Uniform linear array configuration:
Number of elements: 32
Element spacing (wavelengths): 0.75
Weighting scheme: blackman
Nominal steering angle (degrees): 45
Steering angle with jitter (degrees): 45.564
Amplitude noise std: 0.05
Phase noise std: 0.05

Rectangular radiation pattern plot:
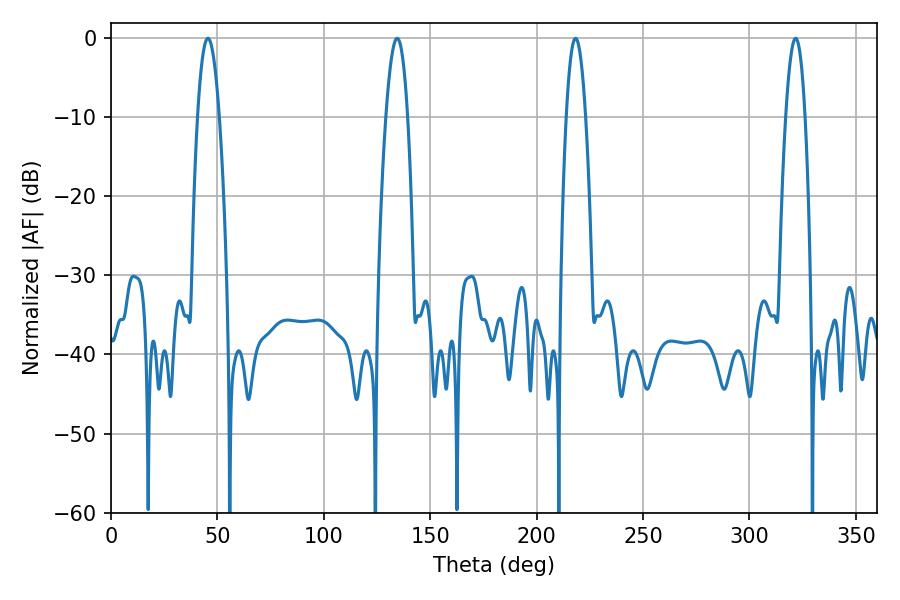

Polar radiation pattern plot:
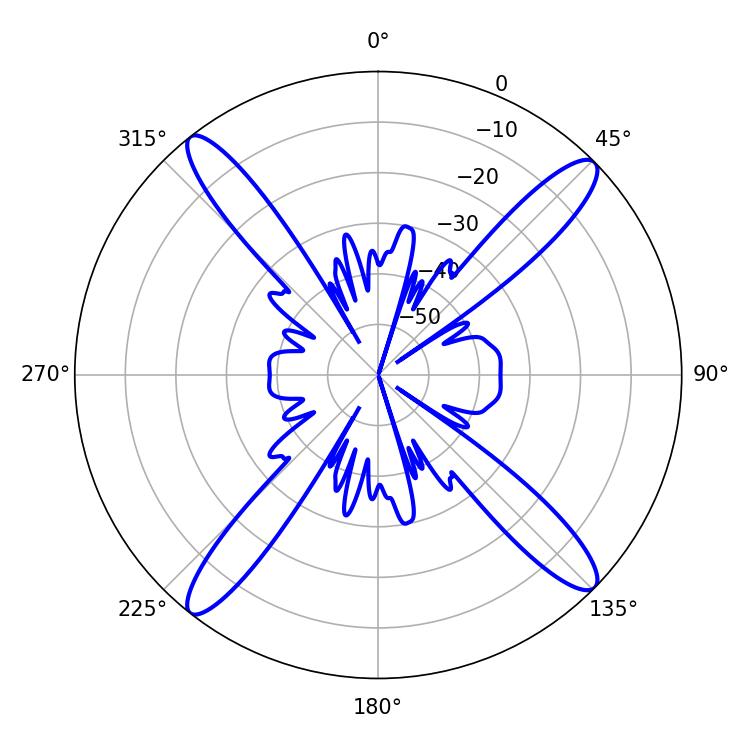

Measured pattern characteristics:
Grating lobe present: TRUE
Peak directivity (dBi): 17.655
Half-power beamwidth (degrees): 5.58
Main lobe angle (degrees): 45.54